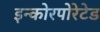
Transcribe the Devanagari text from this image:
इन्कोरपोरेटेड